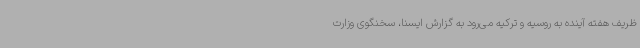
ظریف هفته آینده به روسیه و ترکیه می‌رود به گزارش ایسنا، سخنگوی وزارت